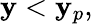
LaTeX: \mathbf{y}<\mathbf{y}_{p},